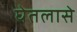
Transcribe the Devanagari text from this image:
घेतलासे